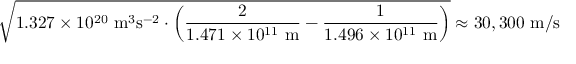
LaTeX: { \sqrt { 1 . 3 2 7 \times 1 0 ^ { 2 0 } ~ { \mathrm { m } } ^ { 3 } { \mathrm { s } } ^ { - 2 } \cdot \left( { \frac { 2 } { 1 . 4 7 1 \times 1 0 ^ { 1 1 } ~ { \mathrm { m } } } } - { \frac { 1 } { 1 . 4 9 6 \times 1 0 ^ { 1 1 } ~ { \mathrm { m } } } } \right) } } \approx 3 0 , 3 0 0 ~ { \mathrm { m } } / { \mathrm { s } }